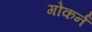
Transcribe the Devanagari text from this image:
गोकर्न